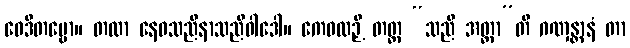
ဝေဒိတဗ္ဗော။ တထာ နေဝသညီနာသညီဝါဒေါ။ ကေဝလဉှိ တတ္ထ “သညီ အတ္တာ”တိ ဂဏှန္တာနံ တာ